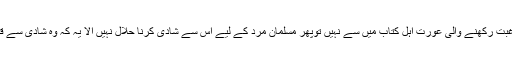
لیکن اگرشادی کی رغبت رکھنے والی عورت اہل کتاب میں سے نہیں توپھر مسلمان مرد کے لیے اس سے شادی کرنا حلال نہيں الا یہ کہ وہ شادی سے قبل اسلام قبول کرلے ۔